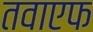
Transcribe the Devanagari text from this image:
तवाएफ